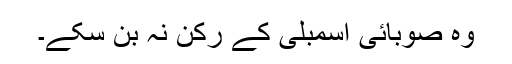
وہ صوبائی اسمبلی کے رکن نہ بن سکے۔